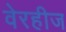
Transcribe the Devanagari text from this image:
वेरहीज